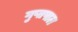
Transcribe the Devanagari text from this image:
गुप्तपाल